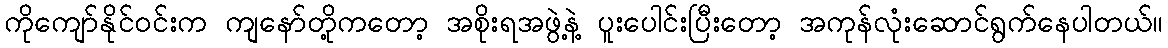
ကိုကျော်နိုင်ဝင်းက ကျနော်တို့ကတော့ အစိုးရအဖွဲ့နဲ့ ပူးပေါင်းပြီးတော့ အကုန်လုံးဆောင်ရွက်နေပါတယ်။